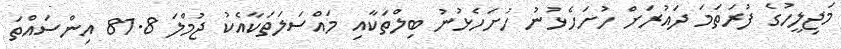
މަޖިލީހުގެ ފުރަތަމަ ދައުރަށް ހުށަހެޅުނު ހުށަހެޅުނު ބިލްތަކާއި މައްސަލަތަކާއެކު ޖުމްލަ 81.8 އިންސައްތަ